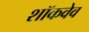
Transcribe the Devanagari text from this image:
शॉकवेव